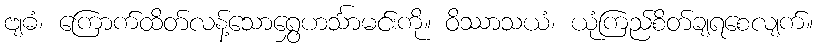
ဗျဓံ၊ ကြောက်ထိတ်လန့်သောရွှေဟင်္သာမင်းကို။ ဝိဿာသယံ၊ ယုံကြည်စိတ်ချရစေလျက်။